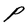
Character: P